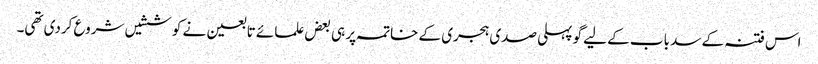
اس فتنہ کے سد باب کے لیے گو پہلی صدی ہجری کے خاتمہ پر ہی بعض علمائے تابعین نے کوششیں شروع کردی تھی۔